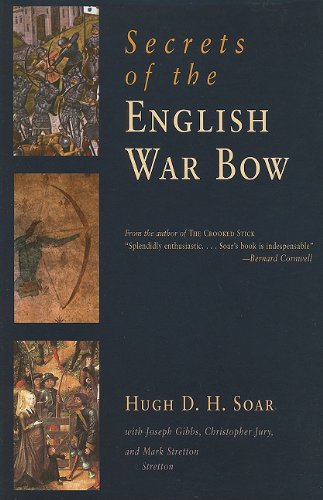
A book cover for Secrets of the English War Bow; Hugh D. H. Soar; Sports & Outdoors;